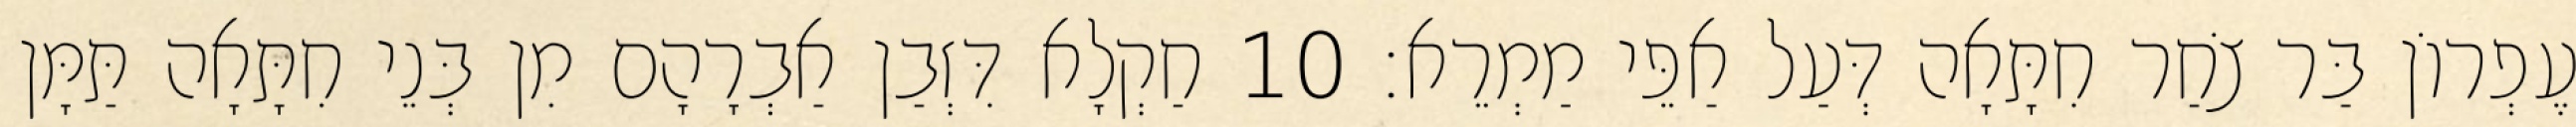
עֶפְרוֹן בַּר צֹחַר חִתָּאָה דְּעַל אַפֵּי מַמְרֵא׃ 10 חַקְלָא דִּזְבַן אַבְרָהָם מִן בְּנֵי חִתָּאָה תַּמָּן